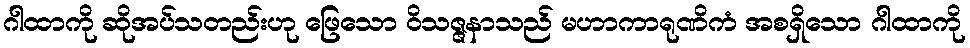
ဂါထာကို ဆိုအပ်သတည်းဟု ဖြေသော ဝိသဇ္ဇနာသည် မဟာကာရုဏိကံ အစရှိသော ဂါထာကို